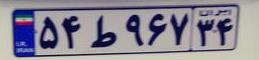
۵۴ط۹۶۷۳۴